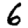
Digit: 6